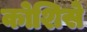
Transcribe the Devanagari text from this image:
कोशिसे